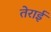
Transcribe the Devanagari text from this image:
तेराई